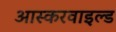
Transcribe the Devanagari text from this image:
आस्करवाइल्ड